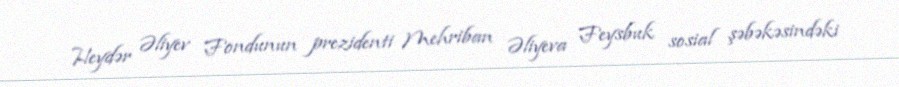
Heydər Əliyev Fondunun prezidenti Mehriban Əliyeva Feysbuk sosial şəbəkəsindəki